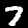
Label: 7